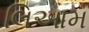
લિઆમ